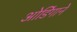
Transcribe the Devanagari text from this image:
ओडिंगाने